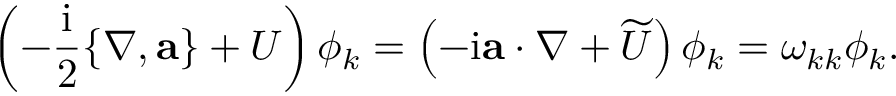
\left( - \frac { \mathrm { i } } { 2 } \{ \nabla , \mathbf { a } \} + U \right) \phi _ { k } = \left( - \mathrm { i } \mathbf { a } \cdot \nabla + \widetilde { U } \right) \phi _ { k } = \omega _ { k k } \phi _ { k } .